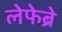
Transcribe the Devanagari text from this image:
लेफेब्रे